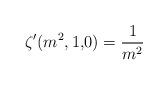
LaTeX: \begin{align*}\zeta ^{\prime }(m^{2},1{\bf ,}0)=\frac{1}{m^{2}}\end{align*}